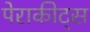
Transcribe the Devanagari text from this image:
पेराकीट्स